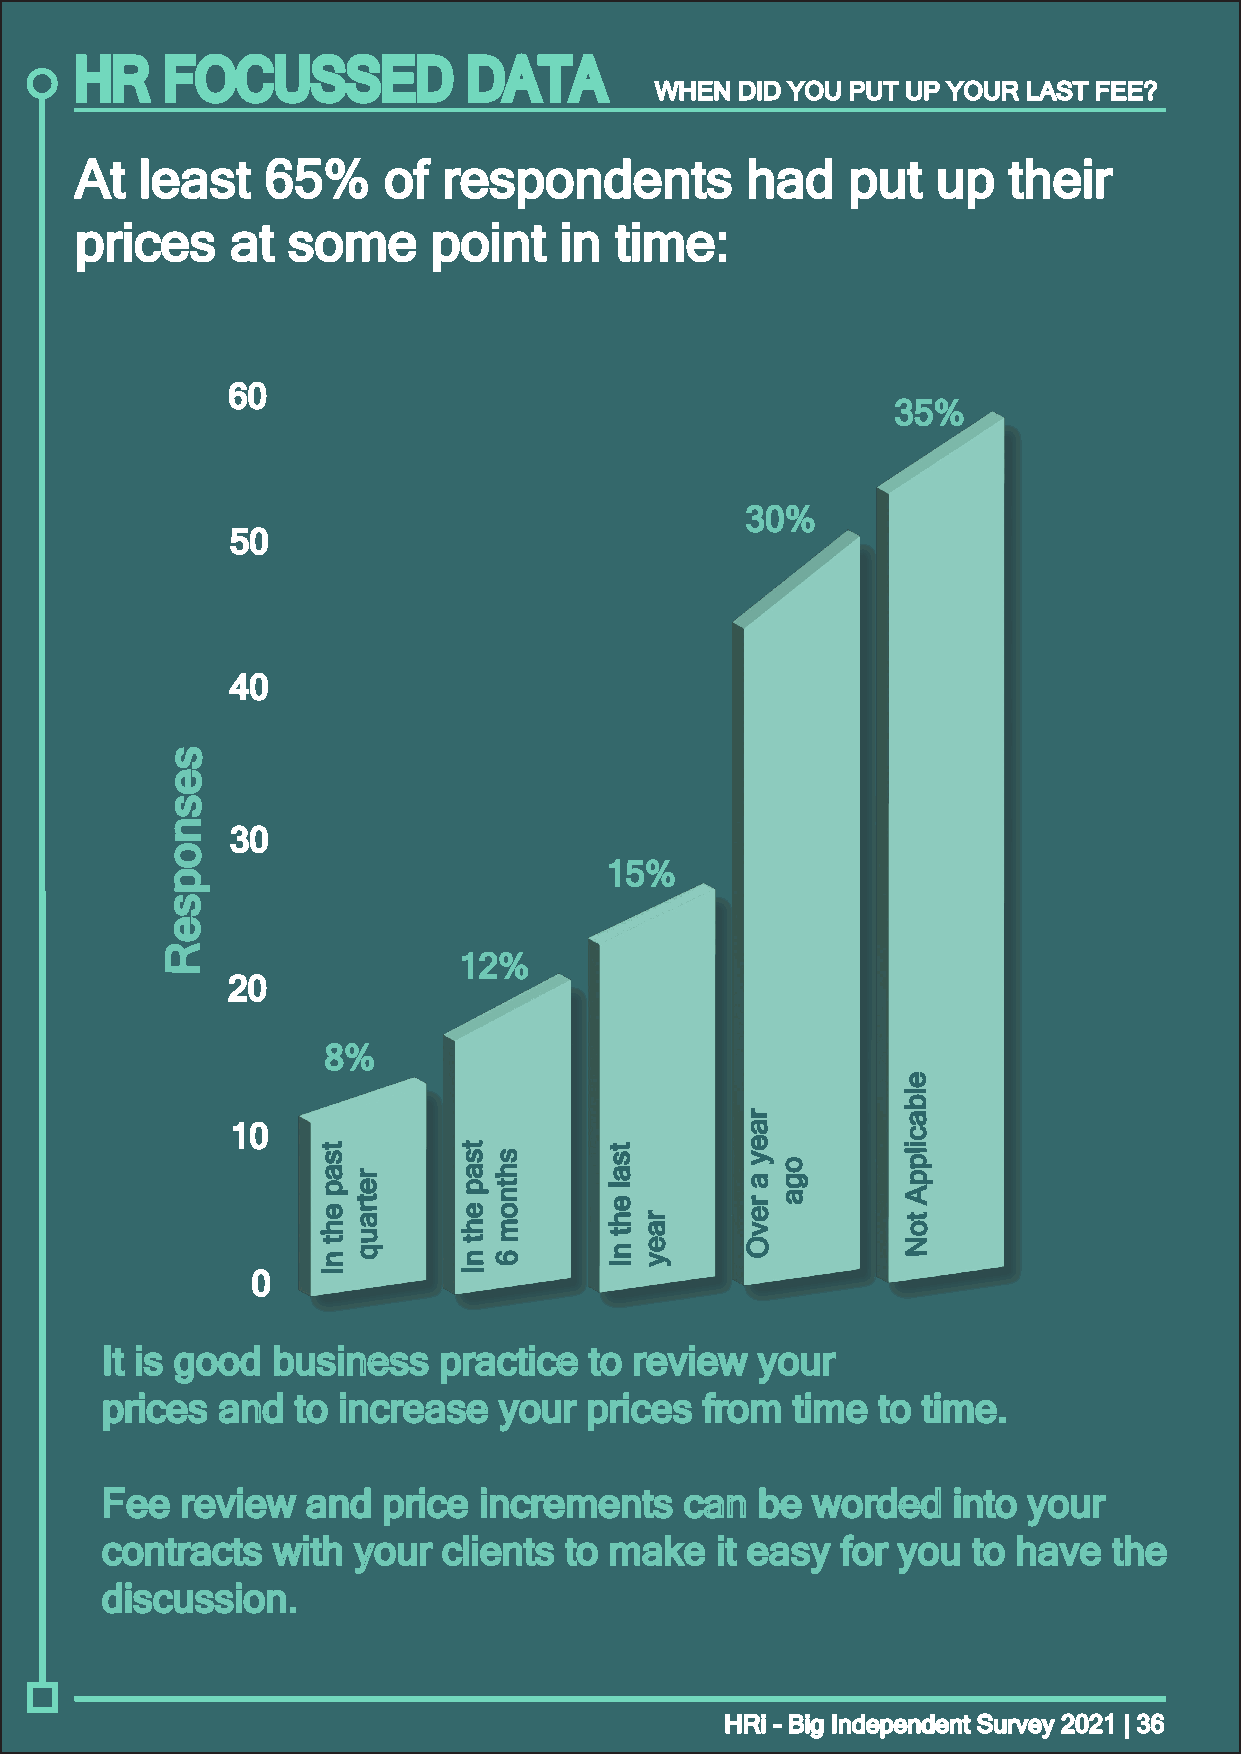
HR    FOCUSSED            DATA
 WWHHEENN DDIIDD YYOOUU PPUUTT UUPP YYOOUURR LLAASSTT FFEEEE??
 AAtt lleeaasstt 6655%% ooff rreessppoonnddeennttss hhaadd ppuutt uupp tthheeiirr
 pprriicceess aatt ssoommee ppooiinntt iinn ttiimmee::
 6600
 3355%%
 3300%%
 5500
 4400
 ss
 ee
 ss
 nn
 3300
 oo
 1155%%
 pp
 ss
 ee
 RR
 1122%%
 2200
 88%%
 ee
 ll
 bb
 rr         aa
 1100                              aa         cc
 tt ss aa pp ee hhrr ee tt rr aa
 uu
 tt ss aa pp ee hhss hh tt nn oo mm tt ss aa ll ee hh ttrr aa ee yy aa rr ee vvoo gg aa ii ll pp pp AA tt oo
 tt
 qq
 tt       nnee     OO         NN
 nn        nn66        yy
 II
 00  II        II
 IItt iiss ggoooodd bbuussiinneessss pprraaccttiiccee ttoo rreevviieeww yyoouurr
 pprriicceess aanndd ttoo iinnccrreeaassee yyoouurr pprriicceess ffrroomm ttiimmee ttoo ttiimmee..
 FFeeee rreevviieeww aanndd pprriiccee iinnccrreemmeennttss ccaann bbee wwoorrddeedd iinnttoo yyoouurr
 ccoonnttrraaccttss wwiitthh yyoouurr cclliieennttss ttoo mmaakkee iitt eeaassyy ffoorr yyoouu ttoo hhaavvee tthhee
 ddiissccuussssiioonn..
 HHRRii -- BBiigg IInnddeeppeennddeenntt SSuurrvveeyy 22002211 || 3366